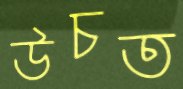
উচত